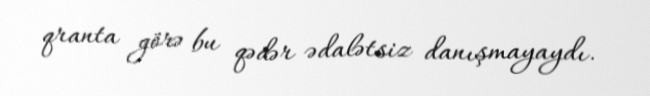
qranta görə bu qədər ədalətsiz danışmayaydı.